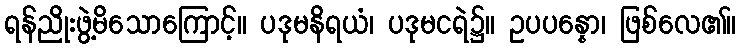
ရန်ညိုးဖွဲ့မိသောကြောင့်။ ပဒုမနိရယံ၊ ပဒုမငရဲ၌။ ဥပပန္နော၊ ဖြစ်လေ၏။